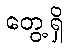
တွေ့ရှိ